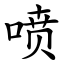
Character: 喷